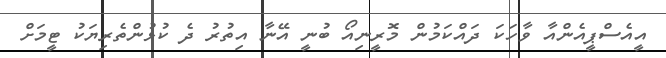
އީއެސްޕީއެންއާ ވާހަކަ ދައްކަމުން މޮރީނިއޯ ބުނީ އޭނާ އިތުރު ދެ ކުޅުންތެރިޔަކު ޓީމަށް